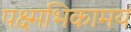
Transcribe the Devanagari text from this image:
पक्ष्मभिकामय